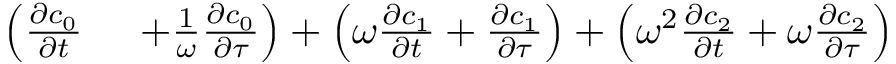
\begin{array} { r l } { \left( \frac { \partial c _ { 0 } } { \partial t } \right. } & { { } \left. + \frac { 1 } { \omega } \frac { \partial c _ { 0 } } { \partial \tau } \right) + \left( \omega \frac { \partial c _ { 1 } } { \partial t } + \frac { \partial c _ { 1 } } { \partial \tau } \right) + \left( \omega ^ { 2 } \frac { \partial c _ { 2 } } { \partial t } + \omega \frac { \partial c _ { 2 } } { \partial \tau } \right) } \end{array}